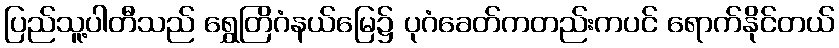
ပြည်သူ့ပါတီသည် ရွှေတြိဂံနယ်မြေ၌ ပုဂံခေတ်ကတည်းကပင် ရောက်နိုင်တယ်